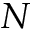
N